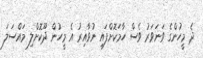
ދެ މީހުންގެ ވަނަވަރު ވެސް ހާމަކޮށްފައި ނުވާއިރު އެ މީހުން ދޫކޮށްލި މައްސަލަ